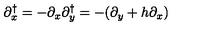
\partial _ { x } ^ { \dagger } = - \partial _ { x } \partial _ { y } ^ { \dagger } = - ( \partial _ { y } + h \partial _ { x } )